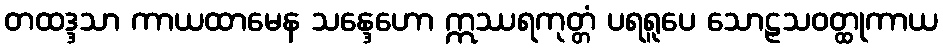
တထဒ္ဒသာ ကာယထာမေန သန္ဒေဟော ဣဿရကုတ္တံ ပရရူပေ သောဠသဝတ္ထုကာယ